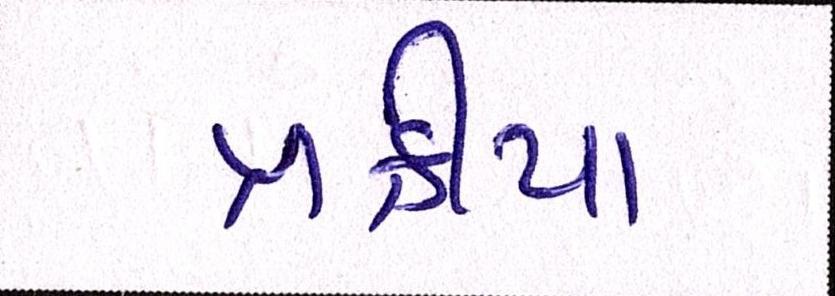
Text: પ્રક્રીયા